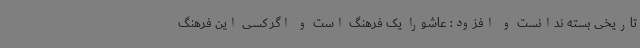
تاریخی بسته ندانست و افزود: عاشورا یک فرهنگ است و اگر کسی این فرهنگ